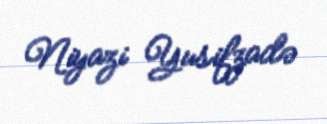
Niyazi Yusifzadə